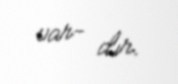
var- dır.